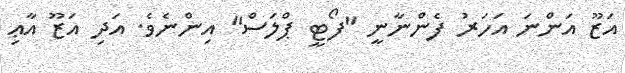
އަޒޫ އަންނަ އަހަރު ފެންނާނީ "ފޯޓީ ޕްލަސް" އިންނެވެ. އަދި އަޒޫ އާޢި